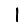
Digit: 1